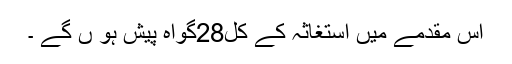
اس مقدمے میں استغاثہ کے کل28گواہ پیش ہو ں گے ۔